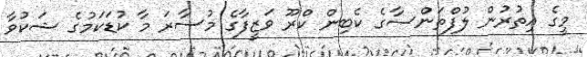
މީގެ އިތުރުން ލުފްތަންސާގެ ކެބިން ކްރޫ ވަޒީފާގެ މުސާރަ މާ ކުޑަކަމުގެ ޝަކުވާ